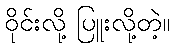
ဝိုင်းလို့ ပြူးလို့တဲ့။